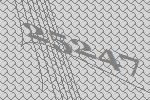
25247